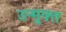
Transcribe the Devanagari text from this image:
उन्‍मुक्‍त